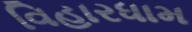
વિહારધામ